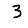
Digit: 3